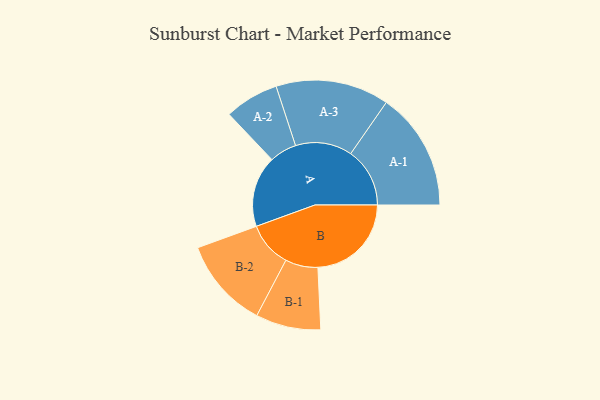
{"axis": {"x": "Segment", "y": "Value"}, "legend": ["", "A", "B"], "data": [{"x": "A", "y": 354, "type": ""}, {"x": "B", "y": 465, "type": ""}, {"x": "A-1", "y": 294, "type": "A"}, {"x": "A-2", "y": 135, "type": "A"}, {"x": "A-3", "y": 282, "type": "A"}, {"x": "B-1", "y": 162, "type": "B"}, {"x": "B-2", "y": 225, "type": "B"}]}